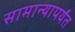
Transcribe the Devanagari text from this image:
सामान्यापर्यंत